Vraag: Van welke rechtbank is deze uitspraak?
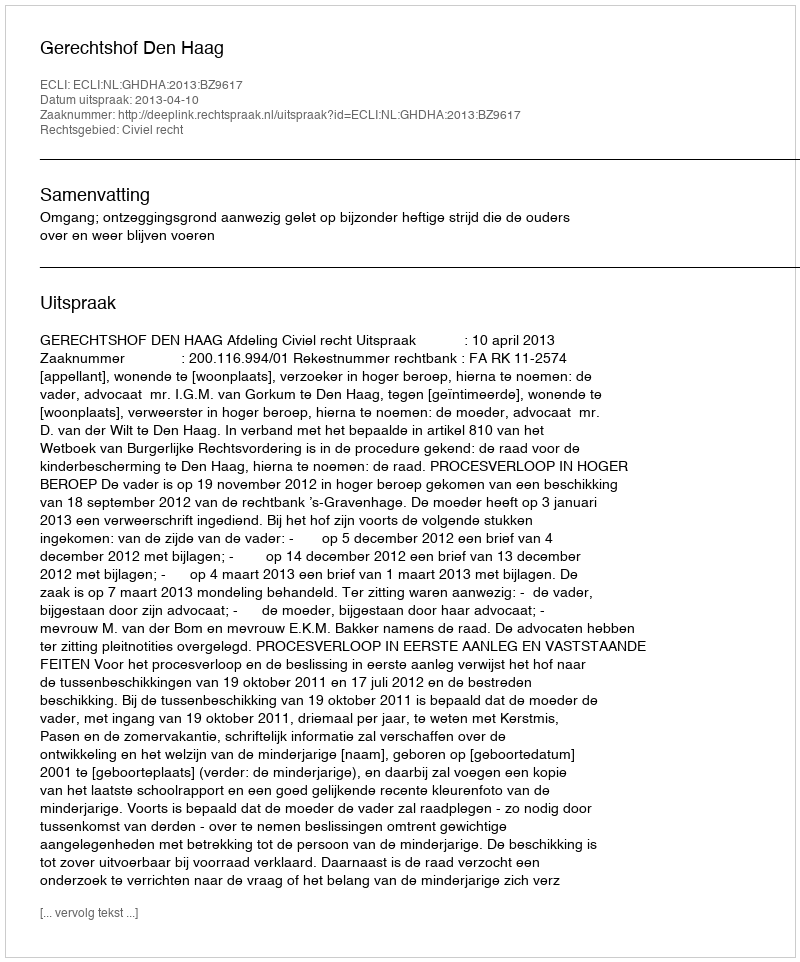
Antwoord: Gerechtshof Den Haag